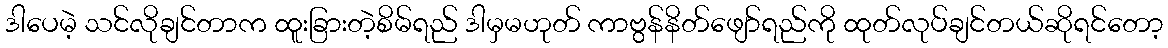
ဒါပေမဲ့ သင်လိုချင်တာက ထူးခြားတဲ့စိမ်ရည် ဒါမှမဟုတ် ကာဗွန်နိတ်ဖျော်ရည်ကို ထုတ်လုပ်ချင်တယ်ဆိုရင်တော့